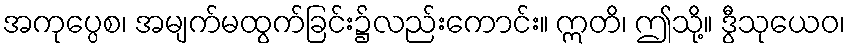
အကုပ္ပေစ၊ အမျက်မထွက်ခြင်း၌လည်းကောင်း။ ဣတိ၊ ဤသို့။ ဒွီသုယေဝ၊